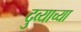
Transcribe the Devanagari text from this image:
दुव्याच्या